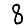
Digit: 8